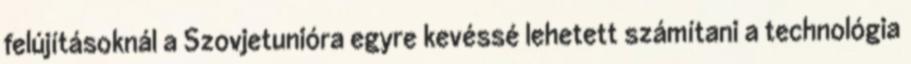
felújításoknál a Szovjetunióra egyre kevéssé lehetett számítani a technológia